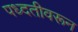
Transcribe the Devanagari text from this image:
पध्दतीवरून